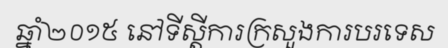
ឆ្នាំ២០១៥ នៅទីស្តីការក្រសួងការបរទេស